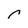
Character: r